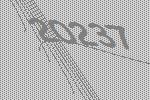
20237